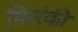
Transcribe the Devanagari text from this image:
फ़िरंकी